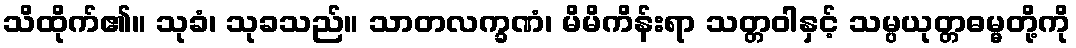
သိထိုက်၏။ သုခံ၊ သုခသည်။ သာတလက္ခဏံ၊ မိမိကိန်းရာ သတ္တဝါနှင့် သမ္ပယုတ္တဓမ္မတို့ကို